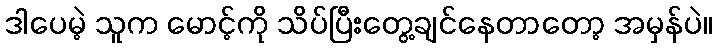
ဒါပေမဲ့ သူက မောင့်ကို သိပ်ပြီးတွေ့ချင်နေတာတော့ အမှန်ပဲ။